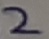
Text: 2